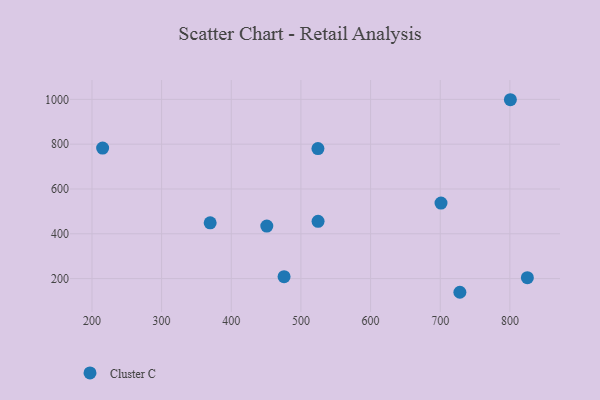
{"axis": {"x": "Price", "y": "Profit"}, "legend": ["Cluster C"], "data": [{"x": "524.4", "y": 780.2, "type": "Cluster C"}, {"x": "825.1", "y": 204.1, "type": "Cluster C"}, {"x": "451.0", "y": 434.3, "type": "Cluster C"}, {"x": "369.7", "y": 448.7, "type": "Cluster C"}, {"x": "475.8", "y": 208.5, "type": "Cluster C"}, {"x": "215.3", "y": 782.6, "type": "Cluster C"}, {"x": "800.7", "y": 998.4, "type": "Cluster C"}, {"x": "728.2", "y": 138.9, "type": "Cluster C"}, {"x": "701.1", "y": 537.2, "type": "Cluster C"}, {"x": "524.6", "y": 455.4, "type": "Cluster C"}]}